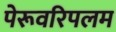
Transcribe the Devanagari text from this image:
पेरूवरिपलम